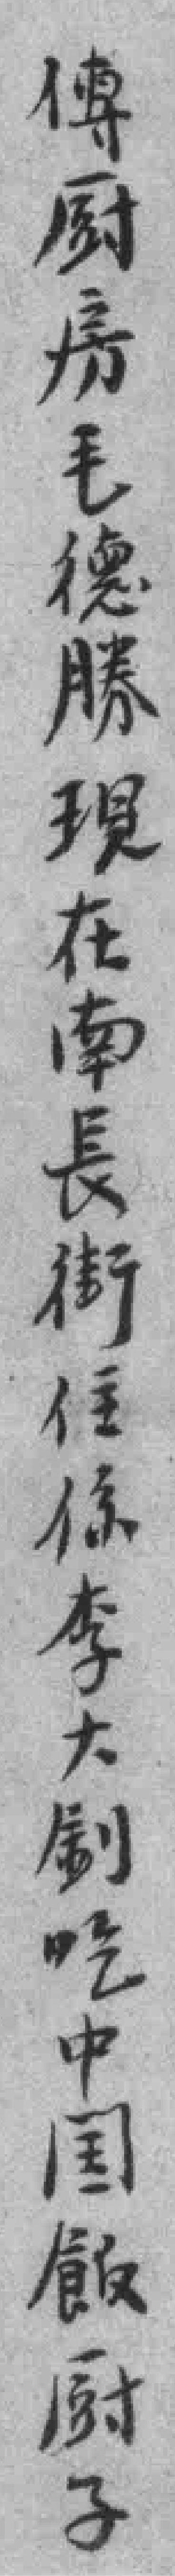
傅厨房毛德勝現在南長街住係李大釗吃中国飯厨子